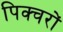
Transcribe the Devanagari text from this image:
पिक्चरों